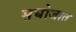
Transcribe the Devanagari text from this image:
सघोजात